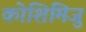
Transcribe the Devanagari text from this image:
कोशिमिजु